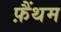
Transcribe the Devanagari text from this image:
फ़ैंथम